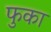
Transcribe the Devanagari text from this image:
फुका